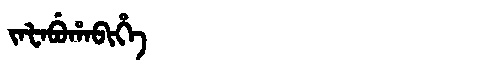
Manchu: ᠵᠠᡶᠠᠪᡠᡥᠠᠪᡳᡥᡝ
Romanization: JAFABUHABIHE